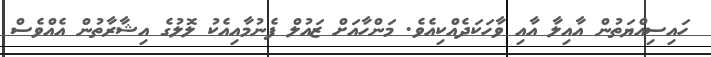
ހައިސިއްޔަތުން އާއިލާ އާއި ވާހަކަދެއްކިއެވެ. މަންހާއަށް ޒައުލް ފެނުމާއިއެކު ލޮލުގެ އިޝާރާތުން އެއްވެސް